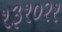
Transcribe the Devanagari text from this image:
१३१०२१